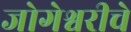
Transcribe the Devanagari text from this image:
जोगेश्वरीचे